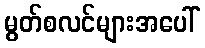
မွတ်စလင်များအပေါ်